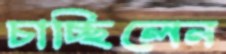
চাচ্ছিলেন